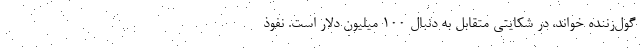
گول‌زننده خواند، در شکایتی متقابل به دنبال ۱۰۰ میلیون دلار است. نفوذ